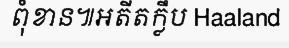
ពុំខាន៕អតីតក្លឹប Haaland